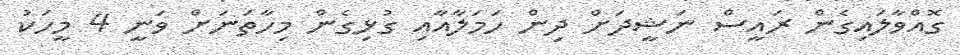
ގޮއްވާލައިގެން ރައީސް ނަޝީދަށް ދިން ހަމަލާއާއި ގުޅިގެން މިހާތަނަށް ވަނީ 4 މީހަކު